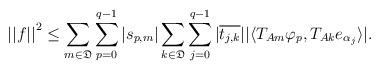
LaTeX: \begin{align*} {||f||}^2\leq \displaystyle \sum_{m \in \mathfrak{D}} \displaystyle \sum_{p=0}^{q-1} |s_{p,m}| \displaystyle \sum_{k \in \mathfrak{D}} \sum_{j=0}^{q-1} |\overline{t_{j,k}}||\langle{T_{Am} \varphi_p, T_{Ak}e_{\alpha_j}} \rangle|. \end{align*}